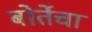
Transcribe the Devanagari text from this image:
बोर्तेचा